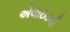
એલાઇડની